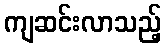
ကျဆင်းလာသည့်